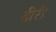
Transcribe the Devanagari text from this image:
दीरी